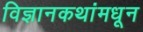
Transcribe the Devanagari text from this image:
विज्ञानकथांमधून